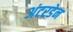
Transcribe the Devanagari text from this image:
अंटरडेन